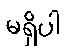
မရှိပါ